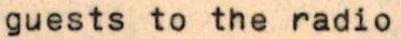
guests to the radio